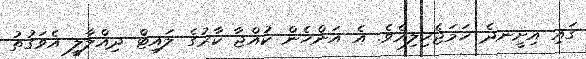
ގައި އިށީނދެ ހަމަޖެހިލިއެވެ. އެ އަންހެން ކުއްޖާ ކާރުގެ ލައިޓް ދިއްލާލީ އެވަގުތު